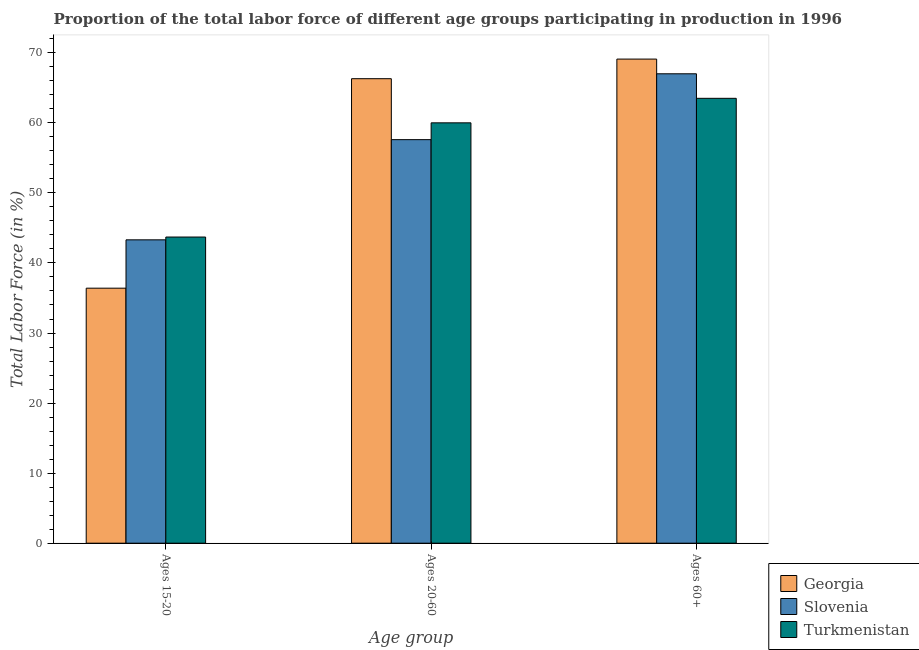
| Age group | Georgia | Slovenia | Turkmenistan |
 | --- | --- | --- | --- |
 | Ages 15-20 | 36.4 | 43.3 | 43.7 |
 | Ages 20-60 | 66.3 | 57.6 | 60 |
 | Ages 60+ | 69.1 | 67 | 63.5 |